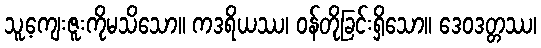
သူ့ကျေးဇူးကိုမသိသော။ ကဒရိယဿ၊ ဝန်တိုခြင်းရှိသော။ ဒေဝဒတ္တဿ၊